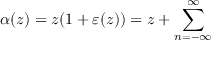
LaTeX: \alpha ( z ) = z ( 1 + \varepsilon ( z ) ) = z + \sum _ { n = - \infty } ^ { \infty }